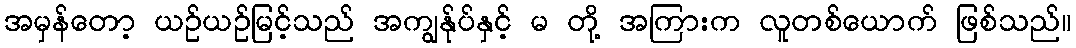
အမှန်တော့ ယဉ်ယဉ်မြင့်သည် အကျွန်ုပ်နှင့် မ တို့ အကြားက လူတစ်ယောက် ဖြစ်သည်။